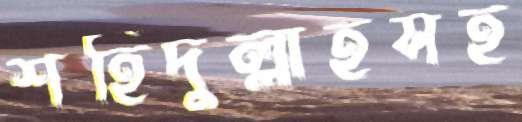
শহিদুল্লাহসহ